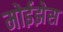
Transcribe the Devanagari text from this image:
मोईझेस